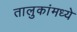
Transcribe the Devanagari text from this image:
तालुकांमध्ये